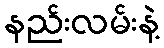
နည်းလမ်းနဲ့